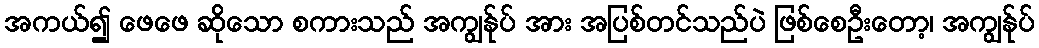
အကယ်၍ ဖေဖေ ဆိုသော စကားသည် အကျွန်ုပ် အား အပြစ်တင်သည်ပဲ ဖြစ်စေဦးတော့၊ အကျွန်ုပ်